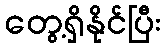
တွေ့ရှိနိုင်ပြီး